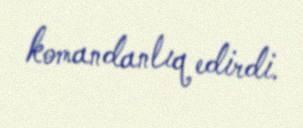
komandanlıq edirdi.